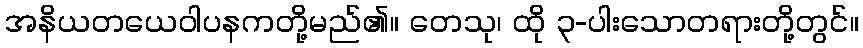
အနိယတယေဝါပနကတို့မည်၏။ တေသု၊ ထို ၃-ပါးသောတရားတို့တွင်။